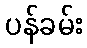
ပန်ခမ်း